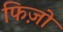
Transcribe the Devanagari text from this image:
फिज़ो